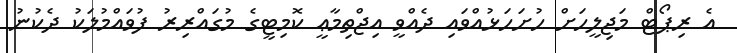
އެ ރިޕޯޓް މަޖިލީހަށް ހުށަހަޅުއްވައި ދެއްވީ އިޖްތިމާޢީ ކޮމިޓީގެ މުގައްރިރު ފުވައްމުލަކު ދެކުނު